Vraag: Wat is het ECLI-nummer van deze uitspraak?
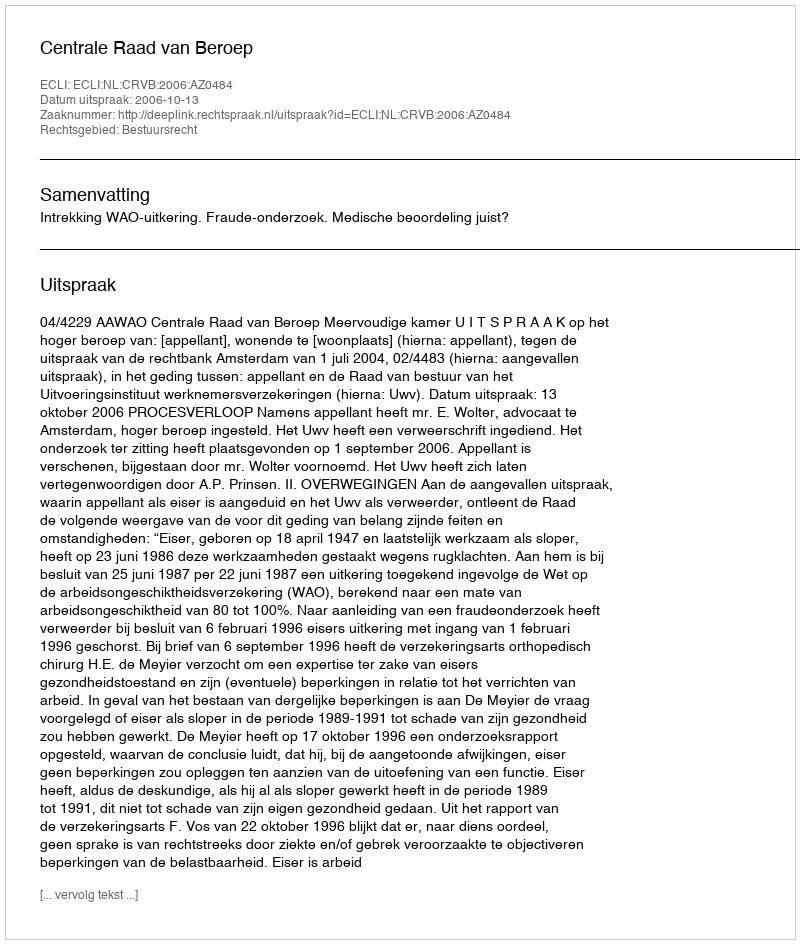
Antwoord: ECLI:NL:CRVB:2006:AZ0484